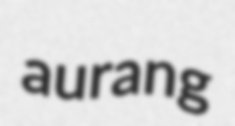
aurang